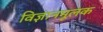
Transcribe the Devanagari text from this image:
विज्ञानमूलक